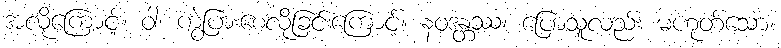
အလိုကြောင့်။ ဝါ၊ ကွဲပြားစေလိုခြင်းကြောင့်။ နဝဒန္တဿ၊ ပြောသူလည်း မဟုတ်သော။